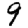
Digit: 9